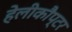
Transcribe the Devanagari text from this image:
हेलीकौप्टर